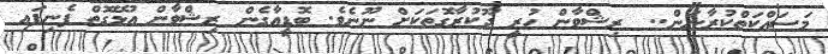
މަސައްކަތްކުރާނަން..  ރިޝްވާން ހުރީ ދޫކުރާގޮތަކަށް ނޫނެވެ. ބޮޮޮޮޮޮޑީއާގެެެެން ރިޝްވާން އުުުުުޅޭގޮތް ފެނިފައި